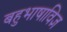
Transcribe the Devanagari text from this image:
बहुभाषाविज्ञ